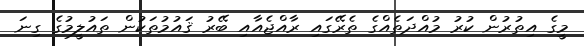
މީގެ އިތުރުން ކުރު މުއްދަތެއްގެ ތެރޭގައި ރާއްޖެއާއި ބޭރު ޤައުމުތަކުން ތައުލީމުގެ ގިނަ